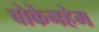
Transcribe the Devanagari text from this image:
बोकेनहेम